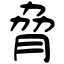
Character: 脅